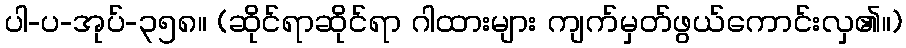
ပါ-ပ-အုပ်-၃၅၈။ (ဆိုင်ရာဆိုင်ရာ ဂါထားများ ကျက်မှတ်ဖွယ်ကောင်းလှ၏။)